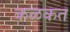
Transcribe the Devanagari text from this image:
कळकत